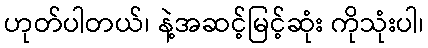
ဟုတ်ပါတယ်၊ နဲ့အဆင့်မြင့်ဆုံး ကိုသုံးပါ၊